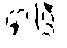
ငှားပြီး